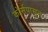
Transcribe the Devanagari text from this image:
कोर्सपासून